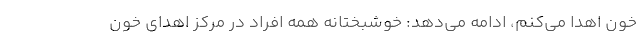
خون اهدا می‌کنم، ادامه می‌دهد: خوشبختانه همه افراد در مرکز اهدای خون